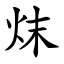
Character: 㶬